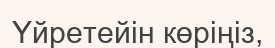
Үйретейін көріңіз,